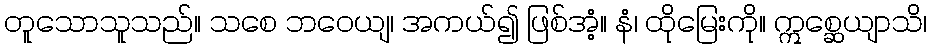
တူသောသူသည်။ သစေ ဘဝေယျ၊ အကယ်၍ ဖြစ်အံ့။ နံ၊ ထိုမြေးကို။ ဣစ္ဆေယျာသိ၊